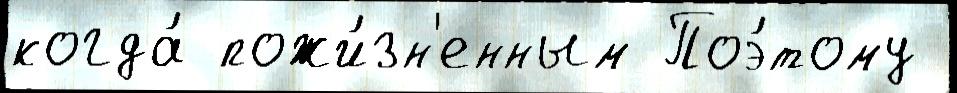
когда́ пожи́зн'енным Поэ́тому